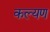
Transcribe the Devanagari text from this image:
कल्यण